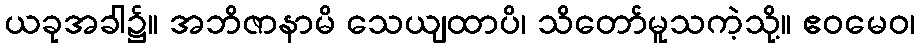
ယခုအခါ၌။ အဘိဇာနာမိ သေယျထာပိ၊ သိတော်မူသကဲ့သို့။ ဧဝမေဝ၊